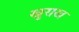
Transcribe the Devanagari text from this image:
खुराख